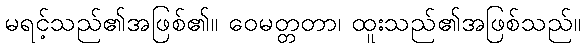
မရင့်သည်၏အဖြစ်၏။ ဝေမတ္တတာ၊ ထူးသည်၏အဖြစ်သည်။